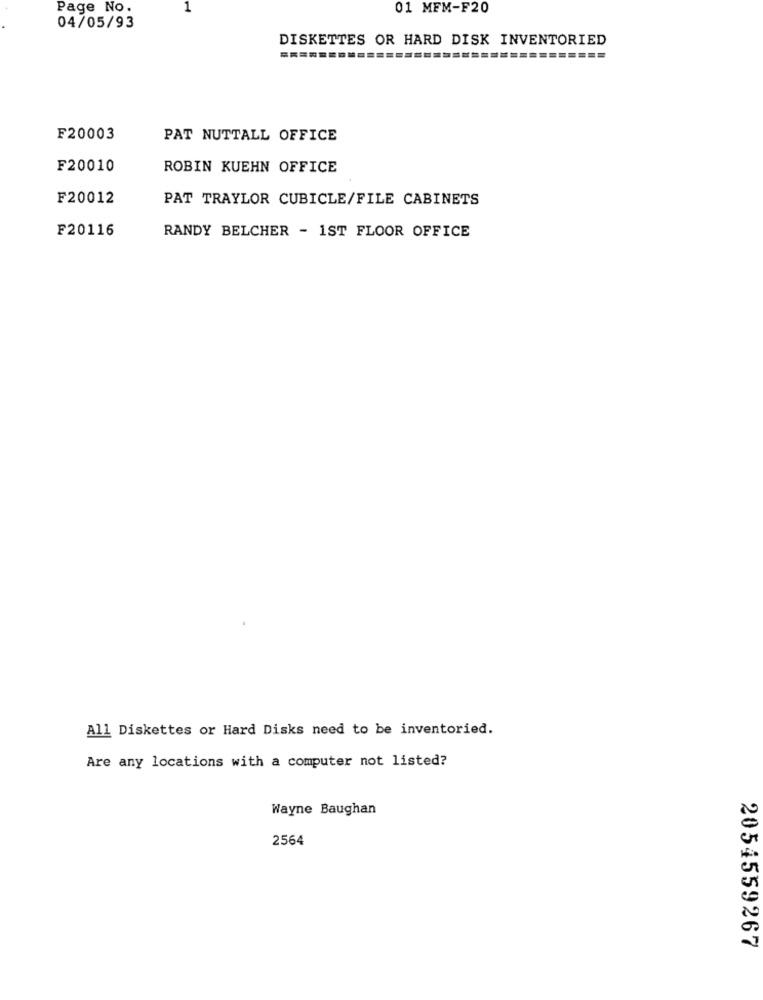
Page No.
1
01 MFM-F20
04/05/93
DISKETTES OR HARD DISK INVENTORIED
F20003
PAT NUTTALL OFFICE
F20010
ROBIN KUEHN OFFICE
F20012
PAT TRAYLOR CUBICLE/FILE CABINETS
F20116
RANDY BELCHER - 1ST FLOOR OFFICE
All Diskettes or Hard Disks need to be inventoried.
Are any locations with a computer not listed?
Wayne Baughan
2564
2054559267